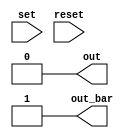
module flipflop
   (output wire out,
    output wire out_bar,

    input wire  set,
    input wire  reset
   );

   reg outi = 1'b0;

   always @(posedge set) begin
      outi <= 1'b1;
   end

   always @(posedge reset) begin
      outi <= 1'b0;
   end

   assign out = outi;
   assign out_bar = ~out;

endmodule